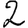
Digit: 2